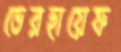
ভেরহায়েফ